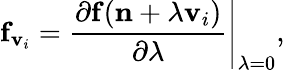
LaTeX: {\displaystyle{\mathbf f}_{{\mathbf v}_{i}}=\left.\frac{\partial{\mathbf f}({\mathbf n}+\lambda{\mathbf v}_{i})}{\partial\lambda}\right\vert_{\lambda=0}},